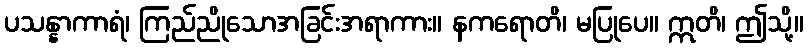
ပသန္နာကာရံ၊ ကြည်ညိုသောအခြင်းအရာကား။ နကရောတိ၊ မပြုပေ။ ဣတိ၊ ဤသို့။